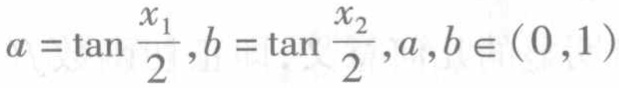
\(a = \tan \frac{x_{1}}{2},b = \tan \frac{x_{2}}{2},a,b \in (0,1)\)